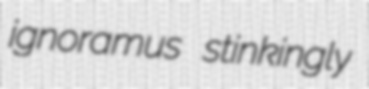
ignoramus stinkingly